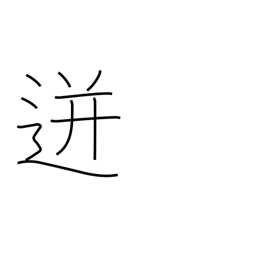
Meaning: spurt